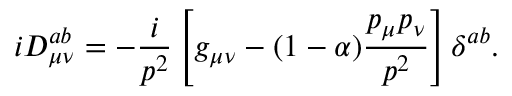
i D _ { \mu \nu } ^ { a b } = - \frac i { p ^ { 2 } } \left[ g _ { \mu \nu } - ( 1 - \alpha ) \frac { p _ { \mu } p _ { \nu } } { p ^ { 2 } } \right] \delta ^ { a b } .